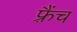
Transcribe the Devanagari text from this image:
फ़्रैंच